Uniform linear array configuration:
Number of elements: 8
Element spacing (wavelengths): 0.25
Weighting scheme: uniform
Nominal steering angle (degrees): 45
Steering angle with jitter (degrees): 45.339
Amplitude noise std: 0.05
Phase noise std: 0.05

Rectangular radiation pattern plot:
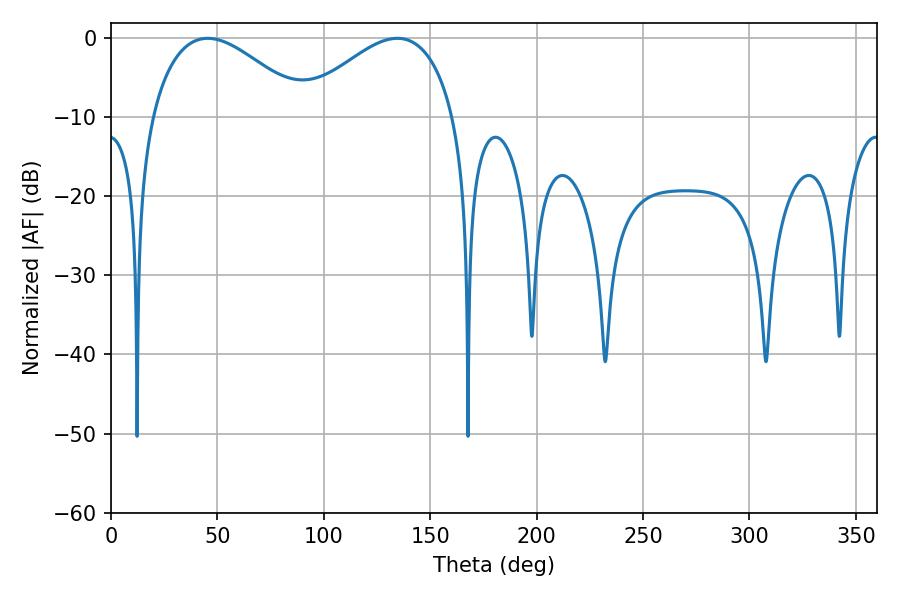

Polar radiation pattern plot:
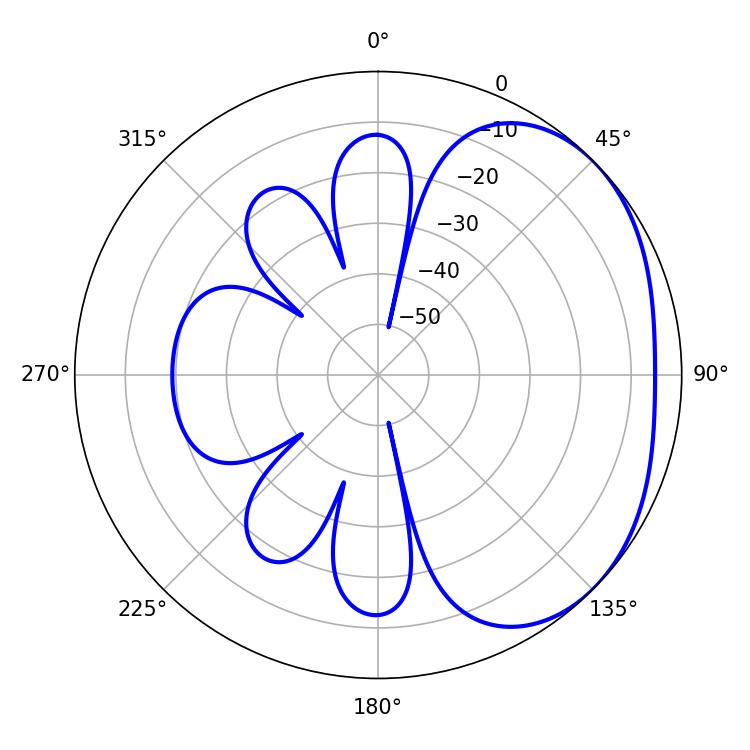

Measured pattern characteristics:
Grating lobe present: FALSE
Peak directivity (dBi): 2.562
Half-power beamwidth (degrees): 39.96
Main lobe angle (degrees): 45.36